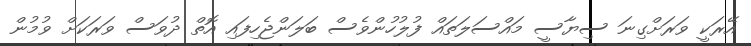
އޭރަކީ ވަރަށްގިނަ ސިޔާސީ މައްސަލަތައް ފުލުހުންވެސް ބަލަންޖެހިފައި އޮތް ދުވަސް ވަރަކަށް ވުމުން